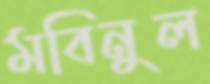
মবিনুল